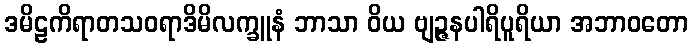
ဒမိဠကိရာတသဝရာဒိမိလက္ခူနံ ဘာသာ ဝိယ ဗျဉ္ဇနပါရိပူရိယာ အဘာဝတော